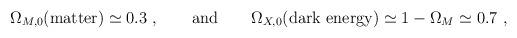
LaTeX: \begin{align*}\Omega _{M,0} ({\rm matter}) \simeq 0.3~, \qquad {\rm and} \qquad \Omega_{X,0} ({\rm dark~energy})\simeq 1 -\Omega _M \simeq 0.7~, \end{align*}